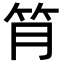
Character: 𥬅